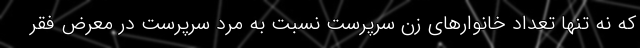
که نه تنها تعداد خانوارهای زن سرپرست نسبت به مرد سرپرست در معرض فقر